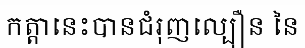
កត្តានេះបានជំរុញល្បឿន នៃ